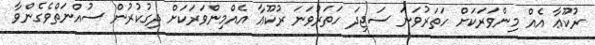
ރުކޫޢާ އެއް މިންވަރަކަށް ހަތަރުވަނަ ސަޖިދަ ހަތަރުވަނަ ރުކޫޢާ އެއްމިންވަރަކަށް ދިގުކުރުން ސުއްނަތްވެގެންވާ